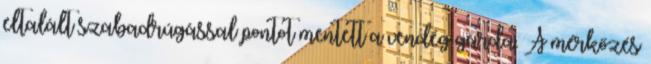
eltalált szabadrúgással pontot mentett a vendég gárda. A mérkőzés